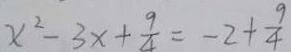
x ^ { 2 } - 3 x + \frac { 9 } { 4 } = - 2 + \frac { 9 } { 4 }